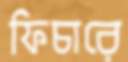
ফিচারে